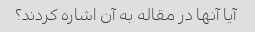
آیا آنها در مقاله به آن اشاره کردند؟